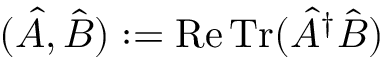
( \hat { A } , \hat { B } ) : = \operatorname { R e } \operatorname { T r } ( \hat { A } ^ { \dag } \hat { B } )